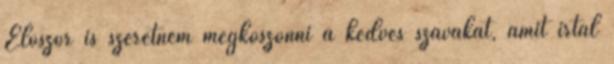
Először is szeretném megköszönni a kedves szavakat, amit írtál